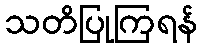
သတိပြုကြရန်